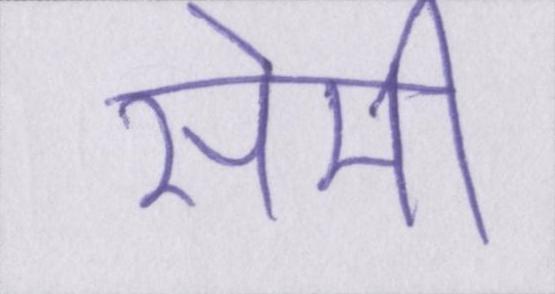
सेमी